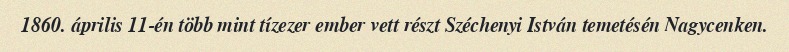
1860. április 11-én több mint tízezer ember vett részt Széchenyi István temetésén Nagycenken.